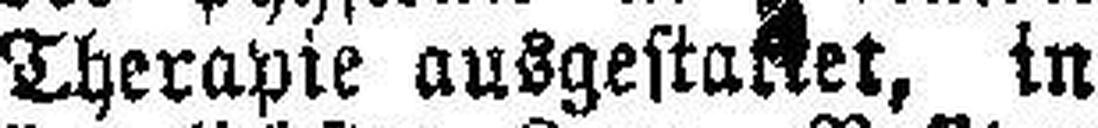
Therapie ausgestattet, in